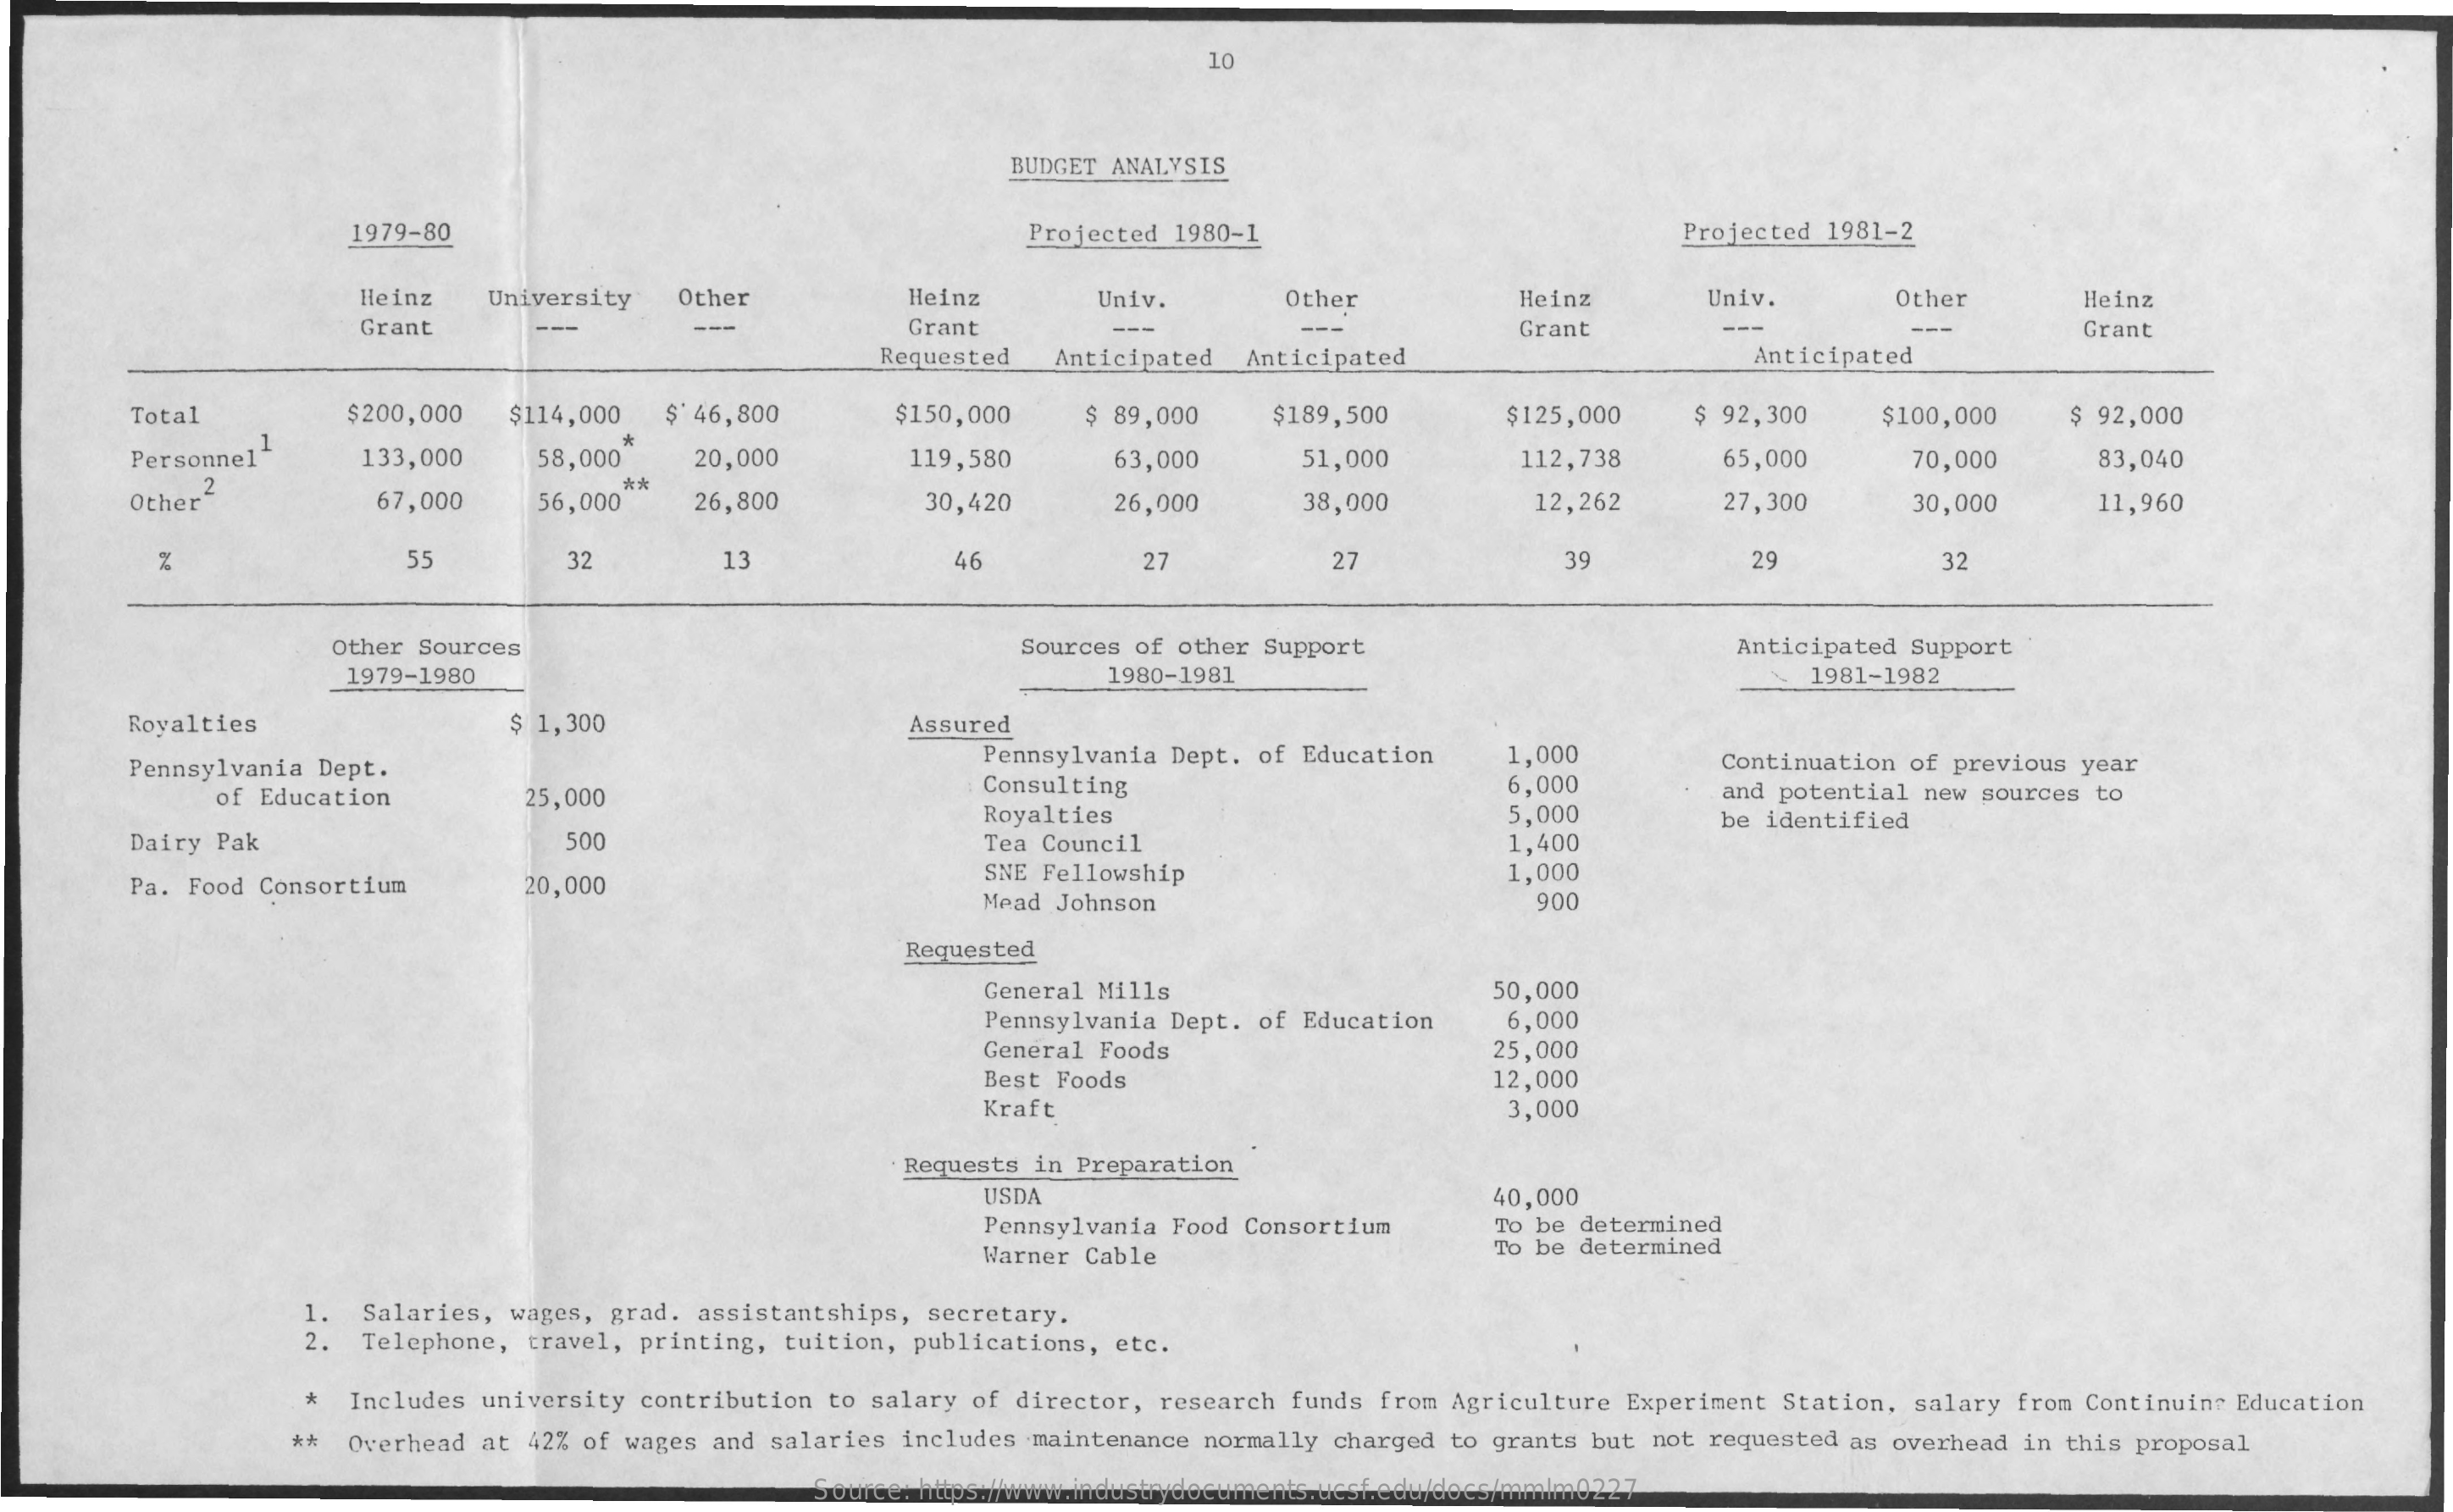
10
     BUDGET ANALYSIS
     1979-80    Projected 1980-1    Projected 1981-2
     Heinz   University Other    Heinz    Univ.    Other    Heinz    Univ.    Other    Heinz
     Grant    ---    Grant    Grant    ---    Grant
     Requested Anticipated Anticipated    Anticipated
     Total    $200,000  $114,000  $' 46,800    $150,000   $ 89,000   $189,500    $125,000   $ 92,300   $100,000    $ 92,000
     Personnel
     1
     133,000    58,000
     *
     20,000    119,580    63,000    51,000    112,738    65,000    70,000    83,040
     Other
     2
     67,000    56,000
     **
     26,800    30,420    26,000    38,000    12,262    27,300    30,000    11,960
     55    32    13    46    27    27    39    29    32
     Other Sources    Sources of other Support    Anticipated Support
     1979-1980    1980-1981    1981-1982
     Royalties    $ 1,300    Assured
     Pennsylvania Dept.    Pennsylvania Dept. of Education 1,000
     of Education
     Consulting
     Continuation of previous year
     25,000    6,000
     Royalties    5,000
     and potential new sources to
     Dairy Pak    500    Tea Council    1,400
     be identified
     Pa. Food Consortium    20,000
     SNE Fellowship    1,000
     Mead Johnson    900
     Requested
     General Mills    50,000
     Pennsylvania Dept. of Education 6,000
     General Foods    25,000
     Best Foods    12,000
     Kraft    3,000
     Requests in Preparation
     USDA    40,000
     Pennsylvania Food Consortium   To be determined
     Warner Cable    To be determined
     1.
     2.
     Salaries, wages, grad. assistantships, secretary.
     Telephone, travel, printing, tuition, publications, etc.
     * Includes university contribution to salary of director, research funds from Agriculture Experiment Station, salary from Continuing Education
     ** Overhead at 42% of wages and salaries includes maintenance normally charged to grants but not requested as overhead in this proposal
     Source: https://www.industrydocuments.ucsf.edu/docs/mmlm0227